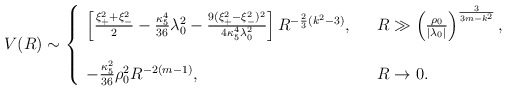
\begin{align*}V(R)\sim\left\{ \begin{array}{lll}\left[{\xi_{+}^2+\xi_{-}^2\over 2}-{\kappa_{5}^4\over 36}\lambda_{0}^2-{9(\xi_{+}^2-\xi_{-}^2)^2\over 4\kappa_{5}^4\lambda_{0}^2}\right]R^{-{2\over 3}(k^2-3)}, & & R\gg \left({\rho_{0}\over |\lambda_{0}|}\right)^{3\over 3m-k^2}, \\ & & \\-{\kappa_{5}^2\over 36}\rho_{0}^2R^{-2(m-1)}, & & R\rightarrow 0.\end{array}\right.\end{align*}